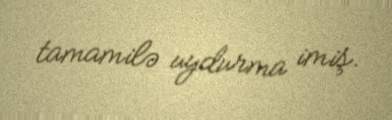
tamamilə uydurma imiş.